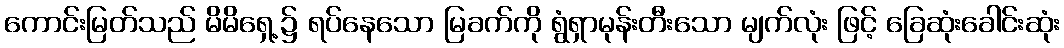
ကောင်းမြတ်သည် မိမိရှေ့၌ ရပ်နေသော မြခက်ကို ရွံရှာမုန်းတီးသော မျက်လုံး ဖြင့် ခြေဆုံးခေါင်းဆုံး